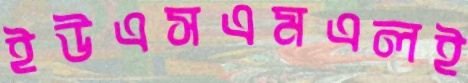
ইউএসএমএলই